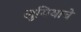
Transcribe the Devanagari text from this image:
लुसियाचे